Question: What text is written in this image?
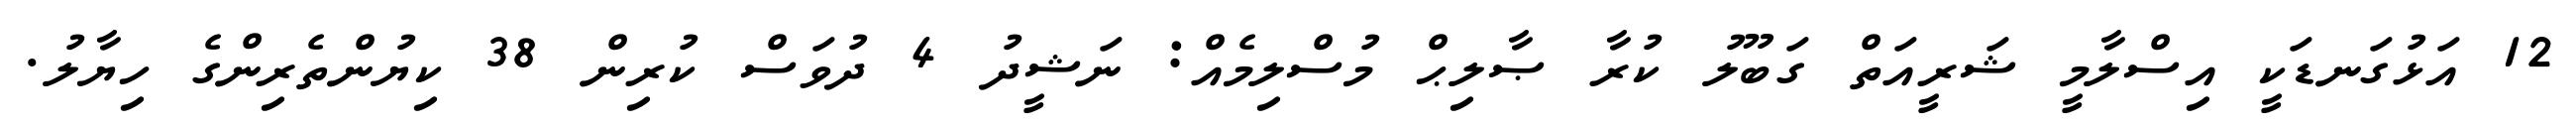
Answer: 12 އަޅުގަނޑަކީ އިސްލާމީ ޝަރީއަތް ގަބޫލު ކުރާ ޞާލިޙް މުސްލިމެއް: ނަޝީދު 4 ދުވަސް ކުރިން 38 ކިޔުންތެރިންގެ ހިޔާލު.